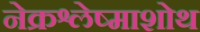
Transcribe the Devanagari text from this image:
नेक्रश्लेष्माशोथ